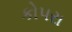
કોપરા